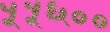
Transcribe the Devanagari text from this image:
५५६००